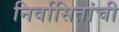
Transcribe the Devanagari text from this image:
निर्वासितांची